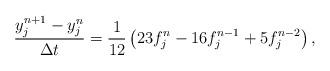
LaTeX: \begin{align*}\frac{y_{j}^{n+1}-y_{j}^{n}}{\Delta t}=\frac{1}{12}\left(23f_{j}^{n}-16f_{j}^{n-1}+5f_{j}^{n-2}\right) , \end{align*}